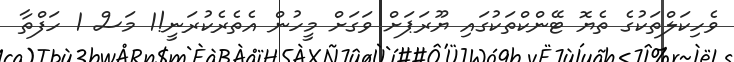
ވެހިކަލްތަކުގެ ތެޔޮ ޓޭންކްތަކުގައި ޔޫރަޕަށް ވަގަށް މީހުން އެތެރެކުރަނީ!1 މަސް 1 ހަފްތާ